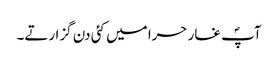
آپؐ غار حرا میں کئی دن گزارتے۔